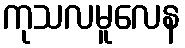
ကုသလမူလေန